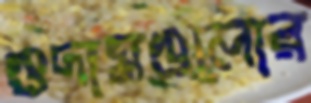
গুদামগুলোর